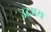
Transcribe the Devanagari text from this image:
उदमय